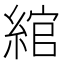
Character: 綰